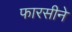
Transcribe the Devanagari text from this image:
फारसीने